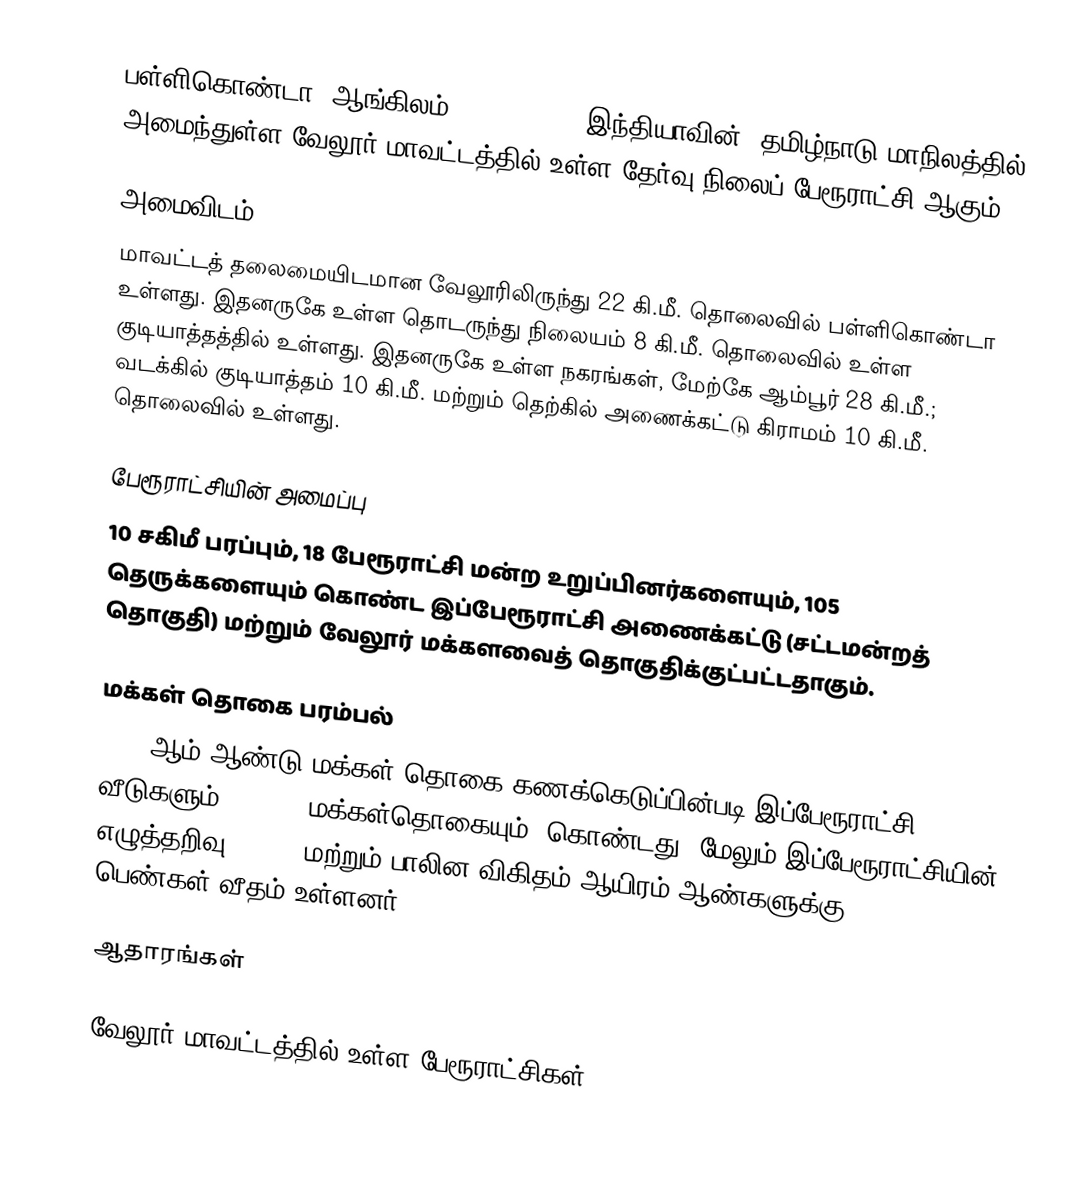
பள்ளிகொண்டா (ஆங்கிலம்:Pallikonda), இந்தியாவின், தமிழ்நாடு மாநிலத்தில் அமைந்துள்ள வேலூர் மாவட்டத்தில் உள்ள தேர்வு நிலைப் பேரூராட்சி ஆகும்.

அமைவிடம்
மாவட்டத் தலைமையிடமான வேலூரிலிருந்து 22 கி.மீ. தொலைவில் பள்ளிகொண்டா உள்ளது. இதனருகே உள்ள தொடருந்து நிலையம் 8 கி.மீ. தொலைவில் உள்ள குடியாத்தத்தில் உள்ளது. இதனருகே உள்ள நகரங்கள், மேற்கே ஆம்பூர் 28 கி.மீ.; வடக்கில் குடியாத்தம் 10 கி.மீ. மற்றும் தெற்கில் அணைக்கட்டு கிராமம் 10 கி.மீ. தொலைவில் உள்ளது.

பேரூராட்சியின் அமைப்பு
10 சகிமீ பரப்பும், 18  பேரூராட்சி மன்ற உறுப்பினர்களையும், 105 தெருக்களையும்  கொண்ட இப்பேரூராட்சி அணைக்கட்டு (சட்டமன்றத் தொகுதி) மற்றும் வேலூர் மக்களவைத் தொகுதிக்குட்பட்டதாகும்.

மக்கள் தொகை பரம்பல்
2011-ஆம் ஆண்டு மக்கள் தொகை கணக்கெடுப்பின்படி   இப்பேரூராட்சி 5,388 வீடுகளும், 23,067 மக்கள்தொகையும், கொண்டது. மேலும் இப்பேரூராட்சியின் எழுத்தறிவு 84.85% மற்றும்  பாலின விகிதம்   ஆயிரம் ஆண்களுக்கு,  1026 பெண்கள் வீதம் உள்ளனர்.

ஆதாரங்கள்

வேலூர் மாவட்டத்தில் உள்ள பேரூராட்சிகள்